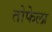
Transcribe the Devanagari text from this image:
तोफेला